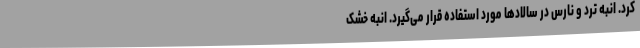
کرد. انبه ترد و نارس در سالادها مورد استفاده قرار می‌گیرد. انبه خشک